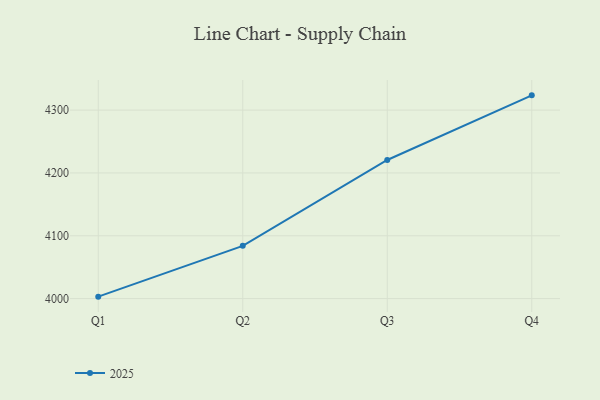
{"axis": {"x": "Quarter", "y": "Demand Index"}, "legend": ["2025"], "data": [{"x": "Q1", "y": 4003.1, "type": "2025"}, {"x": "Q2", "y": 4084.0, "type": "2025"}, {"x": "Q3", "y": 4220.6, "type": "2025"}, {"x": "Q4", "y": 4323.5, "type": "2025"}]}